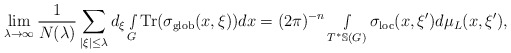
\begin{align*} \lim_{\lambda\rightarrow\infty}\frac{1}{N(\lambda)}\sum_{|\xi|\leq \lambda}d_\xi\smallint\limits_G\textnormal{Tr}(\sigma_{\textnormal{glob}}(x,\xi))dx=(2\pi)^{-n} \smallint\limits_{T^*\mathbb{S}(G)}\sigma_{\textnormal{loc}}(x,\xi')d\mu_L(x,\xi'),\end{align*}